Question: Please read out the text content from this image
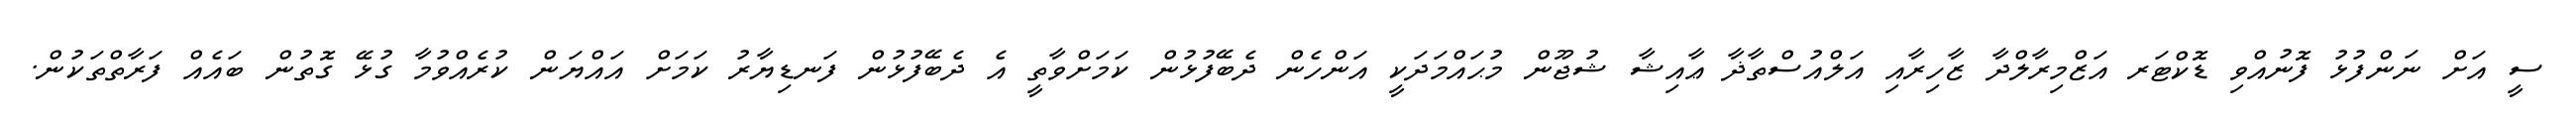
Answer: ސީ އަށް ނަންފުޅު ފޮނުއްވި ޑޮކްޓަރ އަޒްމިރާލްދާ ޒާހިރާއި އަލްއުސްތާޛާ ޢާއިޝާ ޝުޖޫން މުޙައްމަދަކީ އަންހެން ދެބޭފުޅުން ކަމަށްވާތީ އެ ދެބޭފުޅުން ފަނޑިޔާރު ކަމަށް އައްޔަން ކުރެއްވުމާ ގުޅޭ ގޮތުން ބައެއް ފަރާތްތަކުން.